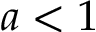
a < 1